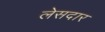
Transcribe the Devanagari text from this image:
लेसदार